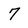
Character: 7